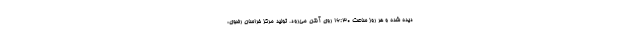
دیده شده و هر روز ساعت 16:30 روی آنتن می‌رود. تولید مرکز خراسان رضوی،